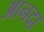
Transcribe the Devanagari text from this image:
आनदा